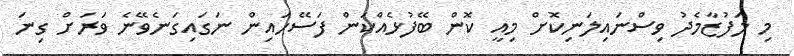
މި ލަފުޒާމެދު ވިސްނައިލަނިކޮށް މިއީ ކޮން ބޭފުޅެއްކަން ފަސޭހައިން ނަގައިގަނެވޭނެ ވަރަށް ގިނަ